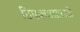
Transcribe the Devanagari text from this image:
ठिपक्यासारखी